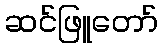
ဆင်ဖြူတော်